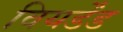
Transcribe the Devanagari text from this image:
वियर्डेंड